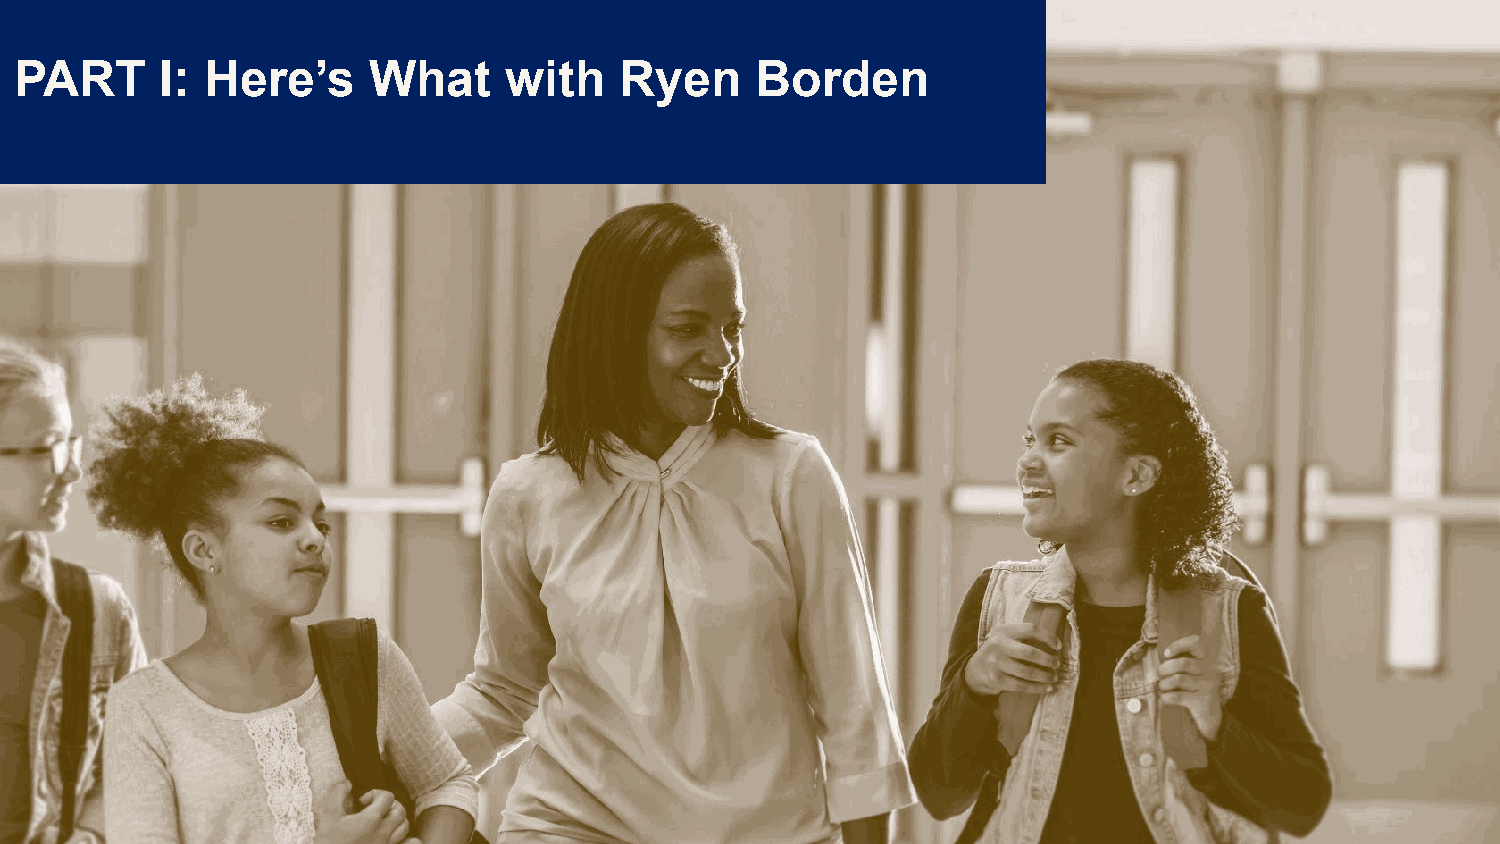
PART      I: Here’s    What     with    Ryen     Borden